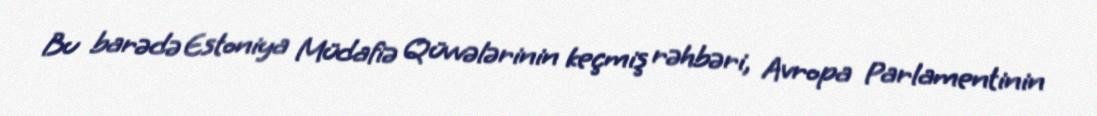
Bu barədə Estoniya Müdafiə Qüvvələrinin keçmiş rəhbəri, Avropa Parlamentinin